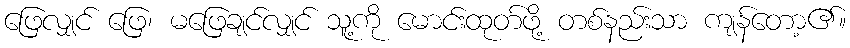
ဖြေလျှင် ဖြေ၊ မဖြေချင်လျှင် သူ့ကို မောင်းထုတ်ဖို့ တစ်နည်းသာ ကျန်တော့၏။